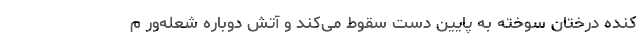
کنده درختان سوخته به پایین دست سقوط می‌کند و آتش دوباره شعله‌ور م